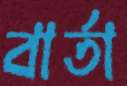
বার্তা